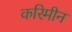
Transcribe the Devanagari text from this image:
करिमीन